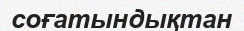
соғатындықтан